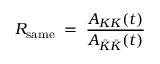
R _ { \mathrm { s a m e } } \; = \; \frac { A _ { K K } ( t ) } { A _ { \bar { K } \bar { K } } ( t ) }